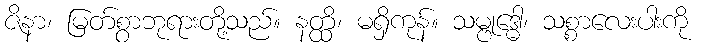
ဇိနာ၊ မြတ်စွာဘုရားတို့သည်။ နတ္ထိ၊ မရှိကုန်။ သမ္ဗုဒ္ဓေါ၊ သစ္စာလေးပါးကို